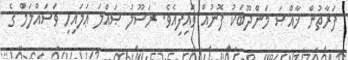
ފަރާތުން ޚާއްޞަ މަންދޫބަކު ފޮނުއް ވައިފިއެވެ. ރަސޫލު ޞައްލަ ޢަލައިހި ވަސައްލަމް ގެ